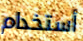
أستخدام